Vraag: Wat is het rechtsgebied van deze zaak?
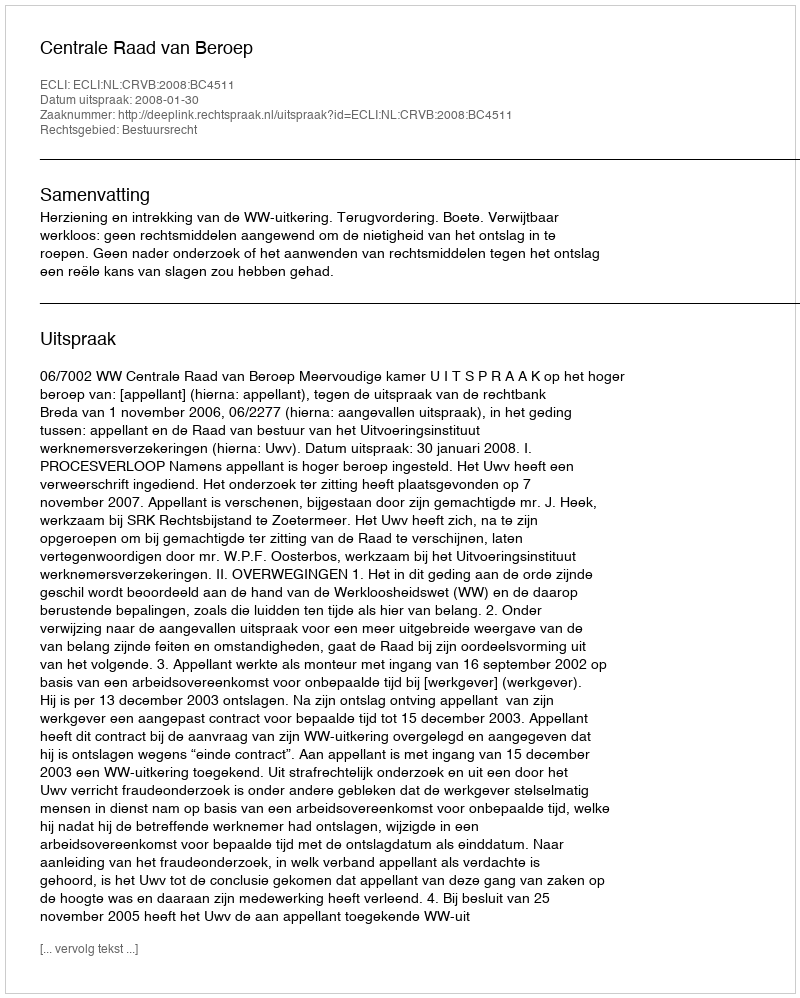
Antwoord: Bestuursrecht